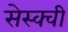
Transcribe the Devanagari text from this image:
सेस्क्वी